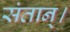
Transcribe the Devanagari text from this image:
संतान्।